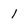
Character: 1